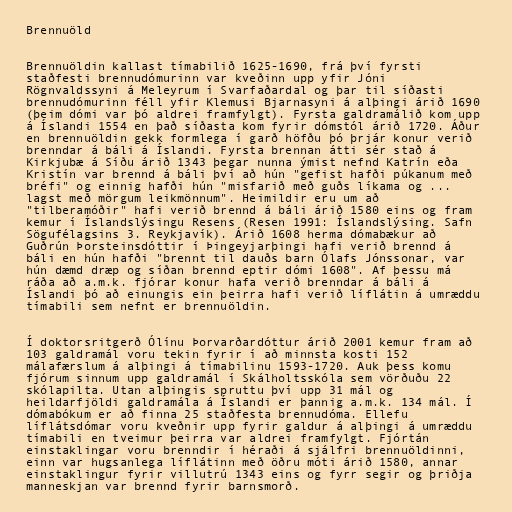
Brennuöld

Brennuöldin kallast tímabilið 1625-1690, frá því fyrsti
staðfesti brennudómurinn var kveðinn upp yfir Jóni
Rögnvaldssyni á Meleyrum í Svarfaðardal og þar til síðasti
brennudómurinn féll yfir Klemusi Bjarnasyni á alþingi árið 1690
(þeim dómi var þó aldrei framfylgt). Fyrsta galdramálið kom upp
á Íslandi 1554 en það síðasta kom fyrir dómstól árið 1720. Áður
en brennuöldin gekk formlega í garð höfðu þó þrjár konur verið
brenndar á báli á Íslandi. Fyrsta brennan átti sér stað á
Kirkjubæ á Síðu árið 1343 þegar nunna ýmist nefnd Katrín eða
Kristín var brennd á báli því að hún "gefist hafði púkanum með
bréfi" og einnig hafði hún "misfarið með guðs líkama og ...
lagst með mörgum leikmönnum". Heimildir eru um að
"tilberamóðir" hafi verið brennd á báli árið 1580 eins og fram
kemur í Íslandslýsingu Resens (Resen 1991: Íslandslýsing. Safn
Sögufélagsins 3. Reykjavík). Árið 1608 herma dómabækur að
Guðrún Þorsteinsdóttir í Þingeyjarþingi hafi verið brennd á
báli en hún hafði "brennt til dauðs barn Ólafs Jónssonar, var
hún dæmd dræp og síðan brennd eptir dómi 1608". Af þessu má
ráða að a.m.k. fjórar konur hafa verið brenndar á báli á
Íslandi þó að einungis ein þeirra hafi verið líflátin á umræddu
tímabili sem nefnt er brennuöldin.

Í doktorsritgerð Ólínu Þorvarðardóttur árið 2001 kemur fram að
103 galdramál voru tekin fyrir í að minnsta kosti 152
málafærslum á alþingi á tímabilinu 1593-1720. Auk þess komu
fjórum sinnum upp galdramál í Skálholtsskóla sem vörðuðu 22
skólapilta. Utan alþingis spruttu því upp 31 mál og
heildarfjöldi galdramála á Íslandi er þannig a.m.k. 134 mál. Í
dómabókum er að finna 25 staðfesta brennudóma. Ellefu
líflátsdómar voru kveðnir upp fyrir galdur á alþingi á umræddu
tímabili en tveimur þeirra var aldrei framfylgt. Fjórtán
einstaklingar voru brenndir í héraði á sjálfri brennuöldinni,
einn var hugsanlega líflátinn með öðru móti árið 1580, annar
einstaklingur fyrir villutrú 1343 eins og fyrr segir og þriðja
manneskjan var brennd fyrir barnsmorð.